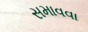
સમાવવા